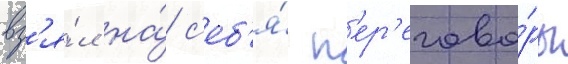
вз'я́л на́ с'еб'я́ п'ер'егово́ры